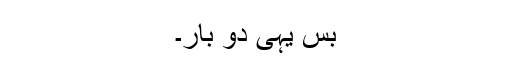
بس یہی دو بار۔